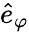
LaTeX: \hat{e}_{\varphi}